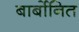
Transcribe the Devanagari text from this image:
बार्बोनित